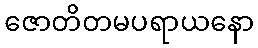
ဇောတိတမပရာယနော